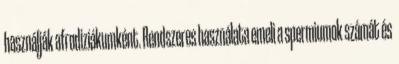
használják afrodiziákumként. Rendszeres használata emeli a spermiumok számát és